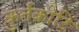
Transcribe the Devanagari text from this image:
कुर्तकोटि